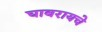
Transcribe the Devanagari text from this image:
घाबरायचे